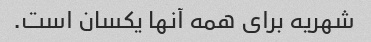
شهریه برای همه آنها یکسان است.